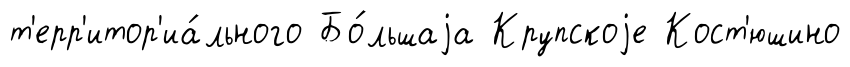
т'ерр'итор'иа́льного Бо́льшаjа Крупскоjе Кост'юшино